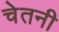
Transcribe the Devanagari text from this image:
चेतनी